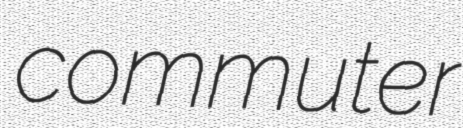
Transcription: commuter